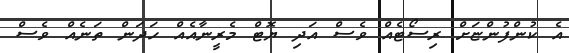
އެ ކުންފުންޏަށް ރިސޯޓެއް ވެސް އަދި ޔޮޓް މެރީނާއެއް ހަދަން ތަނެއް ވެސް